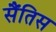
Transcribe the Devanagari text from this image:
सैंतिस